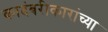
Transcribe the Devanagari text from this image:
कादंबरीकारांच्या